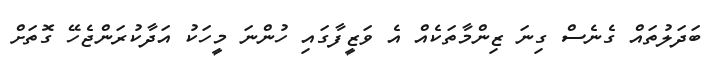
ބަދަލުތައް ގެނެސް ގިނަ ޒިންމާތަކެއް އެ ވަޒީފާގައި ހުންނަ މީހަކު އަދާކުރަންޖެހޭ ގޮތަށް